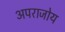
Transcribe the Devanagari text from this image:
अपराजोय